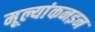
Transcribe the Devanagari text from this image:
मूल्यांकनइन